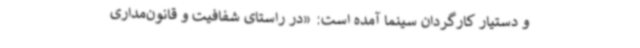
و دستیار کارگردان سینما آمده است: «در راستای شفافیت و قانون‌مداری